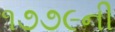
૧૭૭૯ની